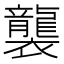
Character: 襲